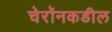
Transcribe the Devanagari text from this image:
चेरॉनकडील